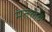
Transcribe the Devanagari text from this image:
मतलबः